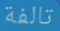
تالفة